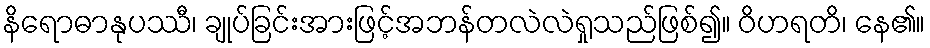
နိရောဓာနုပဿီ၊ ချုပ်ခြင်းအားဖြင့်အဘန်တလဲလဲရှုသည်ဖြစ်၍။ ဝိဟရတိ၊ နေ၏။